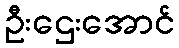
ဦးဌေးအောင်